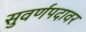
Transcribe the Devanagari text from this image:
सुवर्णपदावर